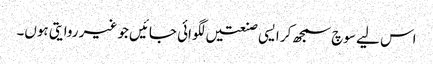
اس لیے سوچ سمجھ کر ایسی صنعتیں لگوائی جائیں جو غیر روایتی ہوں۔